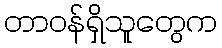
တာဝန်ရှိသူတွေက